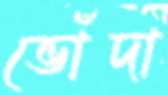
ভোঁদা